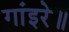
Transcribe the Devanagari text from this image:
गांइरे॥